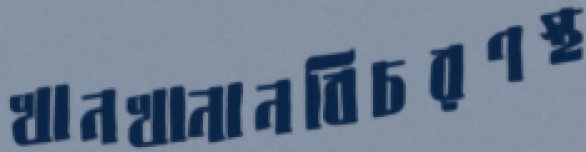
খানখানানবিচরণস্থ